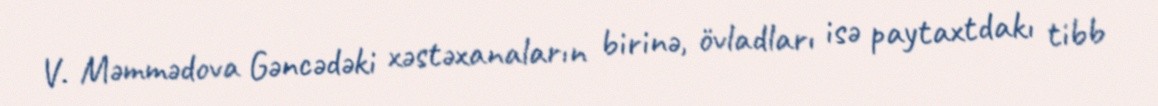
V. Məmmədova Gəncədəki xəstəxanaların birinə, övladları isə paytaxtdakı tibb